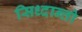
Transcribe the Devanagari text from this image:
सिध्दान्तो